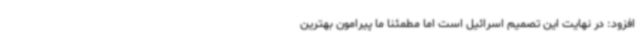
افزود: در نهایت این تصمیم اسرائیل است اما مطمئنا ما پیرامون بهترین